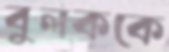
বুলককে